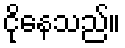
ငိုနေသည်။